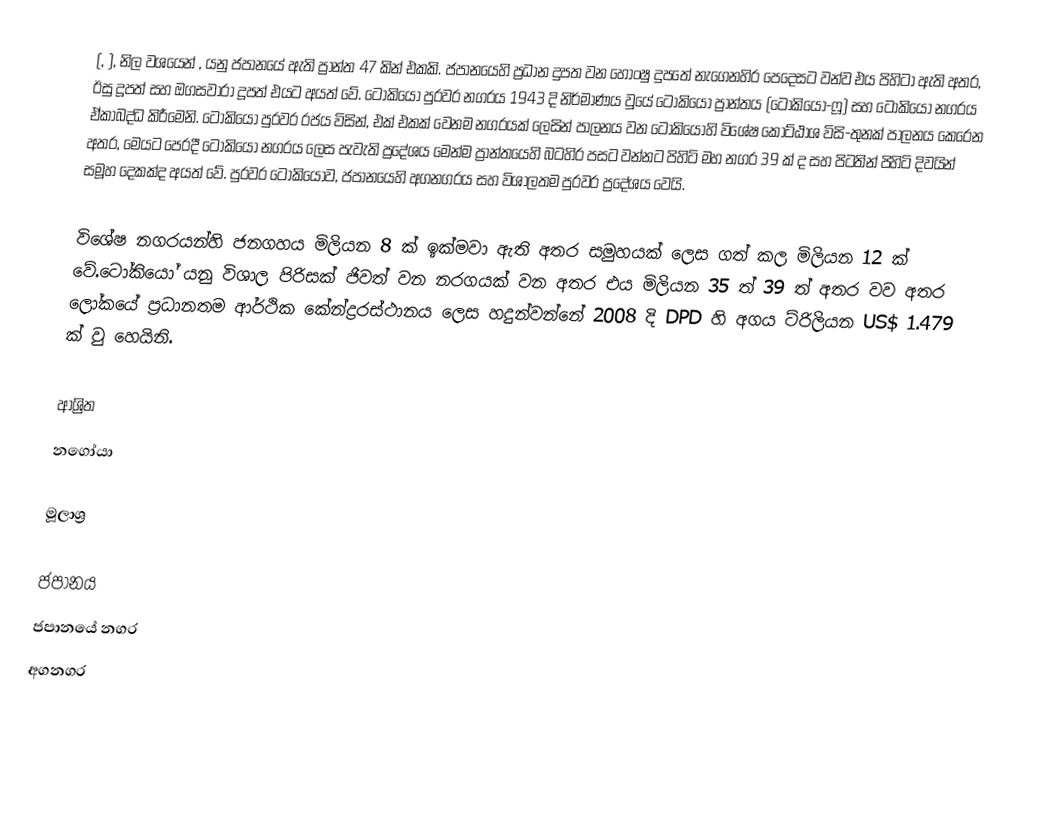
(, ), නිල වශයෙන් , යනු ජපානයේ ඇති ප්‍රාන්ත 47 කින් එකකි. ජපානයෙහි ප්‍රධාන දුපත වන හොංෂු දුපතේ නැගෙනහිර පෙදෙසට වන්ව එය පිහිටා ඇති අතර,   ඊසු  දූපත් සහ ඔගසවාරා දූපත්  එයට අයත් වේ. ටෝකියෝ පුරවර නගරය 1943 දි නිර්මාණය වුයේ ටෝකියෝ ප්‍රාන්තය (ටෝකියෝ-ෆූ) සහ ටෝකියෝ නගරය ඒකාබද්ධ කිරීමෙනි. ටෝකියෝ පුරවර රජය විසින්, එක් එකක් වෙනම නගරයක් ලෙසින් පාලනය වන ටෝකියෝහි විශේෂ කොට්ඨාශ  විසි-තුනක් පාලනය කෙරෙන අතර, මෙයට පෙරදී ටෝකියෝ නගරය ලෙස පැවැති ප්‍රදේශය මෙන්ම ප්‍රාන්තයෙහි බටහිර පසට වන්නට පිහිටි  මහ නගර 39 ක්  ද සහ පිටතින් පිහිටි දිවයින් සමූහ දෙකක්ද අයත් වේ. පුරවර ටෝකියෝව, ජපානයෙහි  අගනගරය සහ විශාලතම පුරවර ප්‍රදේශය වෙයි.

විශේෂ නගරයන්හි ජනගහය මිලියන 8 ක් ඉක්මවා ඇති අතර සමුහයක් ලෙස ගත් කල මිලියන 12 ක් වේ.ටෝකියෝ යනු විශාල පිරිසක් ජිවත් වන නරගයක් වන අතර එය මිලියන 35 ත් 39 ත් අතර වව අතර ලෝකයේ ප්‍රධානතම ආර්ථික කේන්ද්‍රරස්ථානය ලෙස හදුන්වන්නේ 2008 දි  DPD හි අගය ට්රිලියන US$ 1.479 ක් වු හෙයිනි.

ආශ්‍රිත
 නගෝයා

මූලාශ්‍ර

ජපානය
ජපානයේ නගර
අගනගර